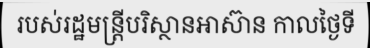
របស់រដ្ឋមន្ត្រីបរិស្ថានអាស៊ាន កាលថ្ងៃទី